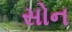
સોન